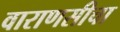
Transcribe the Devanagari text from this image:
वाराणसीचा